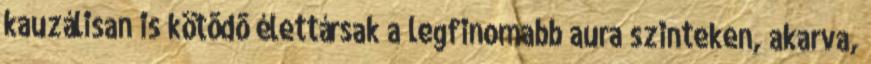
kauzálisan is kötõdõ élettársak a legfinomabb aura szinteken, akarva,